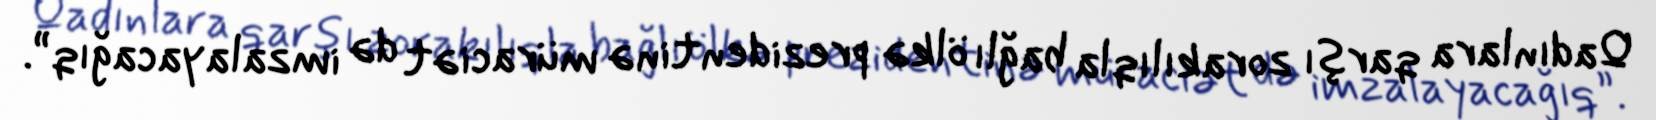
Qadınlara qarşı zorakılıqla bağlı ölkə prezidentinə müraciət də imzalayacağıq”.